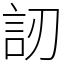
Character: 訒